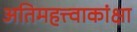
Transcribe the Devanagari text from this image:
अतिमहत्त्वाकांक्षा